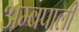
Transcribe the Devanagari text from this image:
अम्बपाली